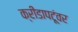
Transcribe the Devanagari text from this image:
क्रीडापटूंवर